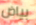
بياض